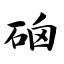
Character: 硇